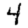
Digit: 4